Annual report of the Imperial Bacteriological Laboratory, Muktesar
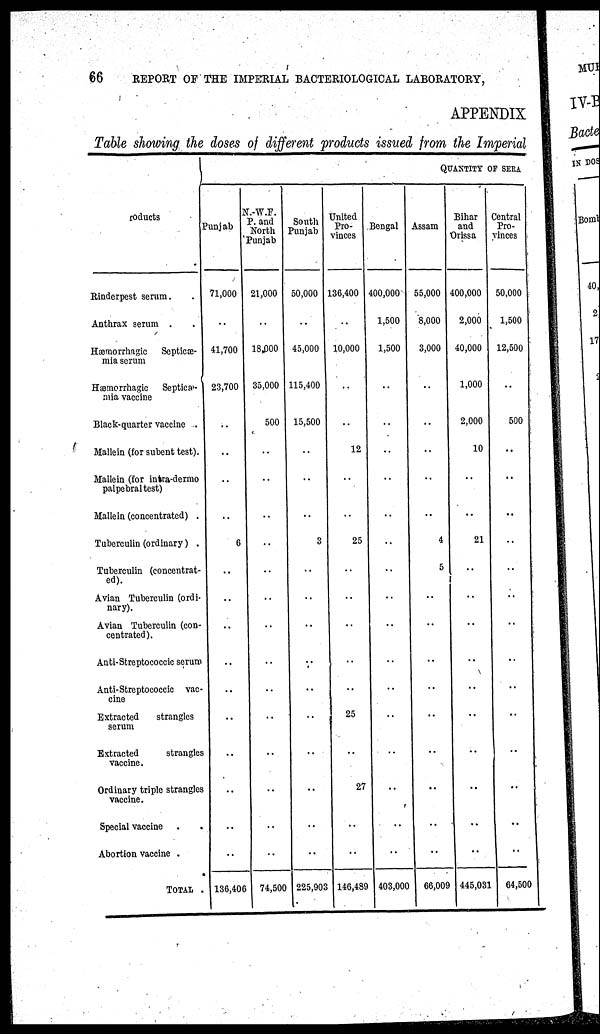
66
REPORT OF THE IMPERIAL BACTERIOLOGICAL LABORATORY,
APPENDIX
Table showing the doses of different products issued from the Imperial
Products
Rinderpest serum.
Anthrax serum .
Hæmorrhagic
Septicæ-
mia serum
Hæmorrhagic
Septicæ-
mia vaccine
Black-quarter vaccine .
Mallein (for subent test).
Mallein (for intra-dermo
palpebral test)
Mallein (concentrated) .
Tuberculin (ordinary) .
Tuberculin (concentrat-
ed).
Avian Tuberculin (ordi-
nary).
Avian Tuberculin (con-
centrated).
Anti-Streptococcic serum
Anti-Streptococcic vac-
cine
Extracted
strangles
serum
Extracted
strangles
vaccine.
Ordinary triple strangles
vaccine.
Special vaccine . .
Abortion vaccine .
TOTAL .
Punjab
71,000
41,700
23,700
..
..
..
..
6
..
..
..
..
..
..
..
..
..
..
136,406
N.W.F.
P. and
North
Punjab
21,000
18,000
35,000
500
..
..
..
..
...
...
..
..
..
..
..
..
..
74,500
South
Punjab
50,000
45,000
115,400
15,500
..
..
..
3
..
..
..
..
..
..
..
..
...
..
225,903
United
Pro-
vinces
136,400
10,000
..
..
12
..
..
25
..
..
..
..
..
25
..
27
..
..
146,489
Bengal
400,000
1,500
1,500
..
..
..
..
..
..
..
..
..
...
..
..
..
..
..
403,000
QUANTITY OF SERA
Assam
55,000
8,000
3,000
..
..
..
..
..
4
5
..
..
..
..
..
..
..
..
..
66,009
Bihar
and
Orissa
400,000
2,000
40,000
1,000
2,000
10
..
..
21
..
..
..
..
..
..
..
..
..
..
445,031
Central
Pro-
vinces
50,000
1,500
12,500
..
500
..
..
..
..
..
..
..
..
..
..
..
..
..
..
64,500